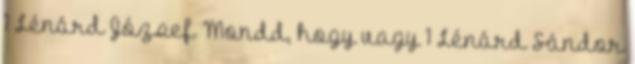
1 Lénárd József Mondd, hogy vagy 1 Lénárd Sándor